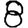
Digit: 8